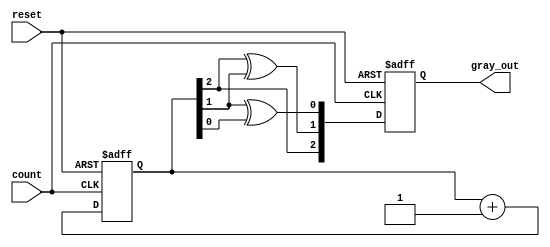
module gray_code_async_counter (
    input wire count,          // Asynchronous count signal
    input wire reset,          // Asynchronous reset signal
    output reg [2:0] gray_out  // 3-bit Gray code output
);

    reg [2:0] binary_count;  // 3-bit binary count

    // Asynchronous reset and counting logic
    always @ (posedge count or posedge reset) begin
        if (reset) begin
            // Reset to 000 in Gray code which is 0 in binary
            binary_count <= 3'b000;
            gray_out <= 3'b000;
        end else begin
            // Increment the binary count
            binary_count <= binary_count + 1;

            // Convert binary to Gray code
            gray_out[2] <= binary_count[2]; // MSB remains the same
            gray_out[1] <= binary_count[2] ^ binary_count[1]; // G1 = B2 XOR B1
            gray_out[0] <= binary_count[1] ^ binary_count[0]; // G0 = B1 XOR B0
        end
    end

endmodule